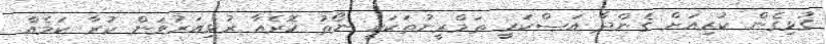
ގުޅިގެން ކުރިއަށް ގެންދާ އަސްކަރީ ތަމްރީނުތަކަކީ ނޯތު ކޮރެއާ ރުޅިއަރުވަން ކުރާ ކަމެއް